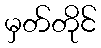
မှတ်တိုင်